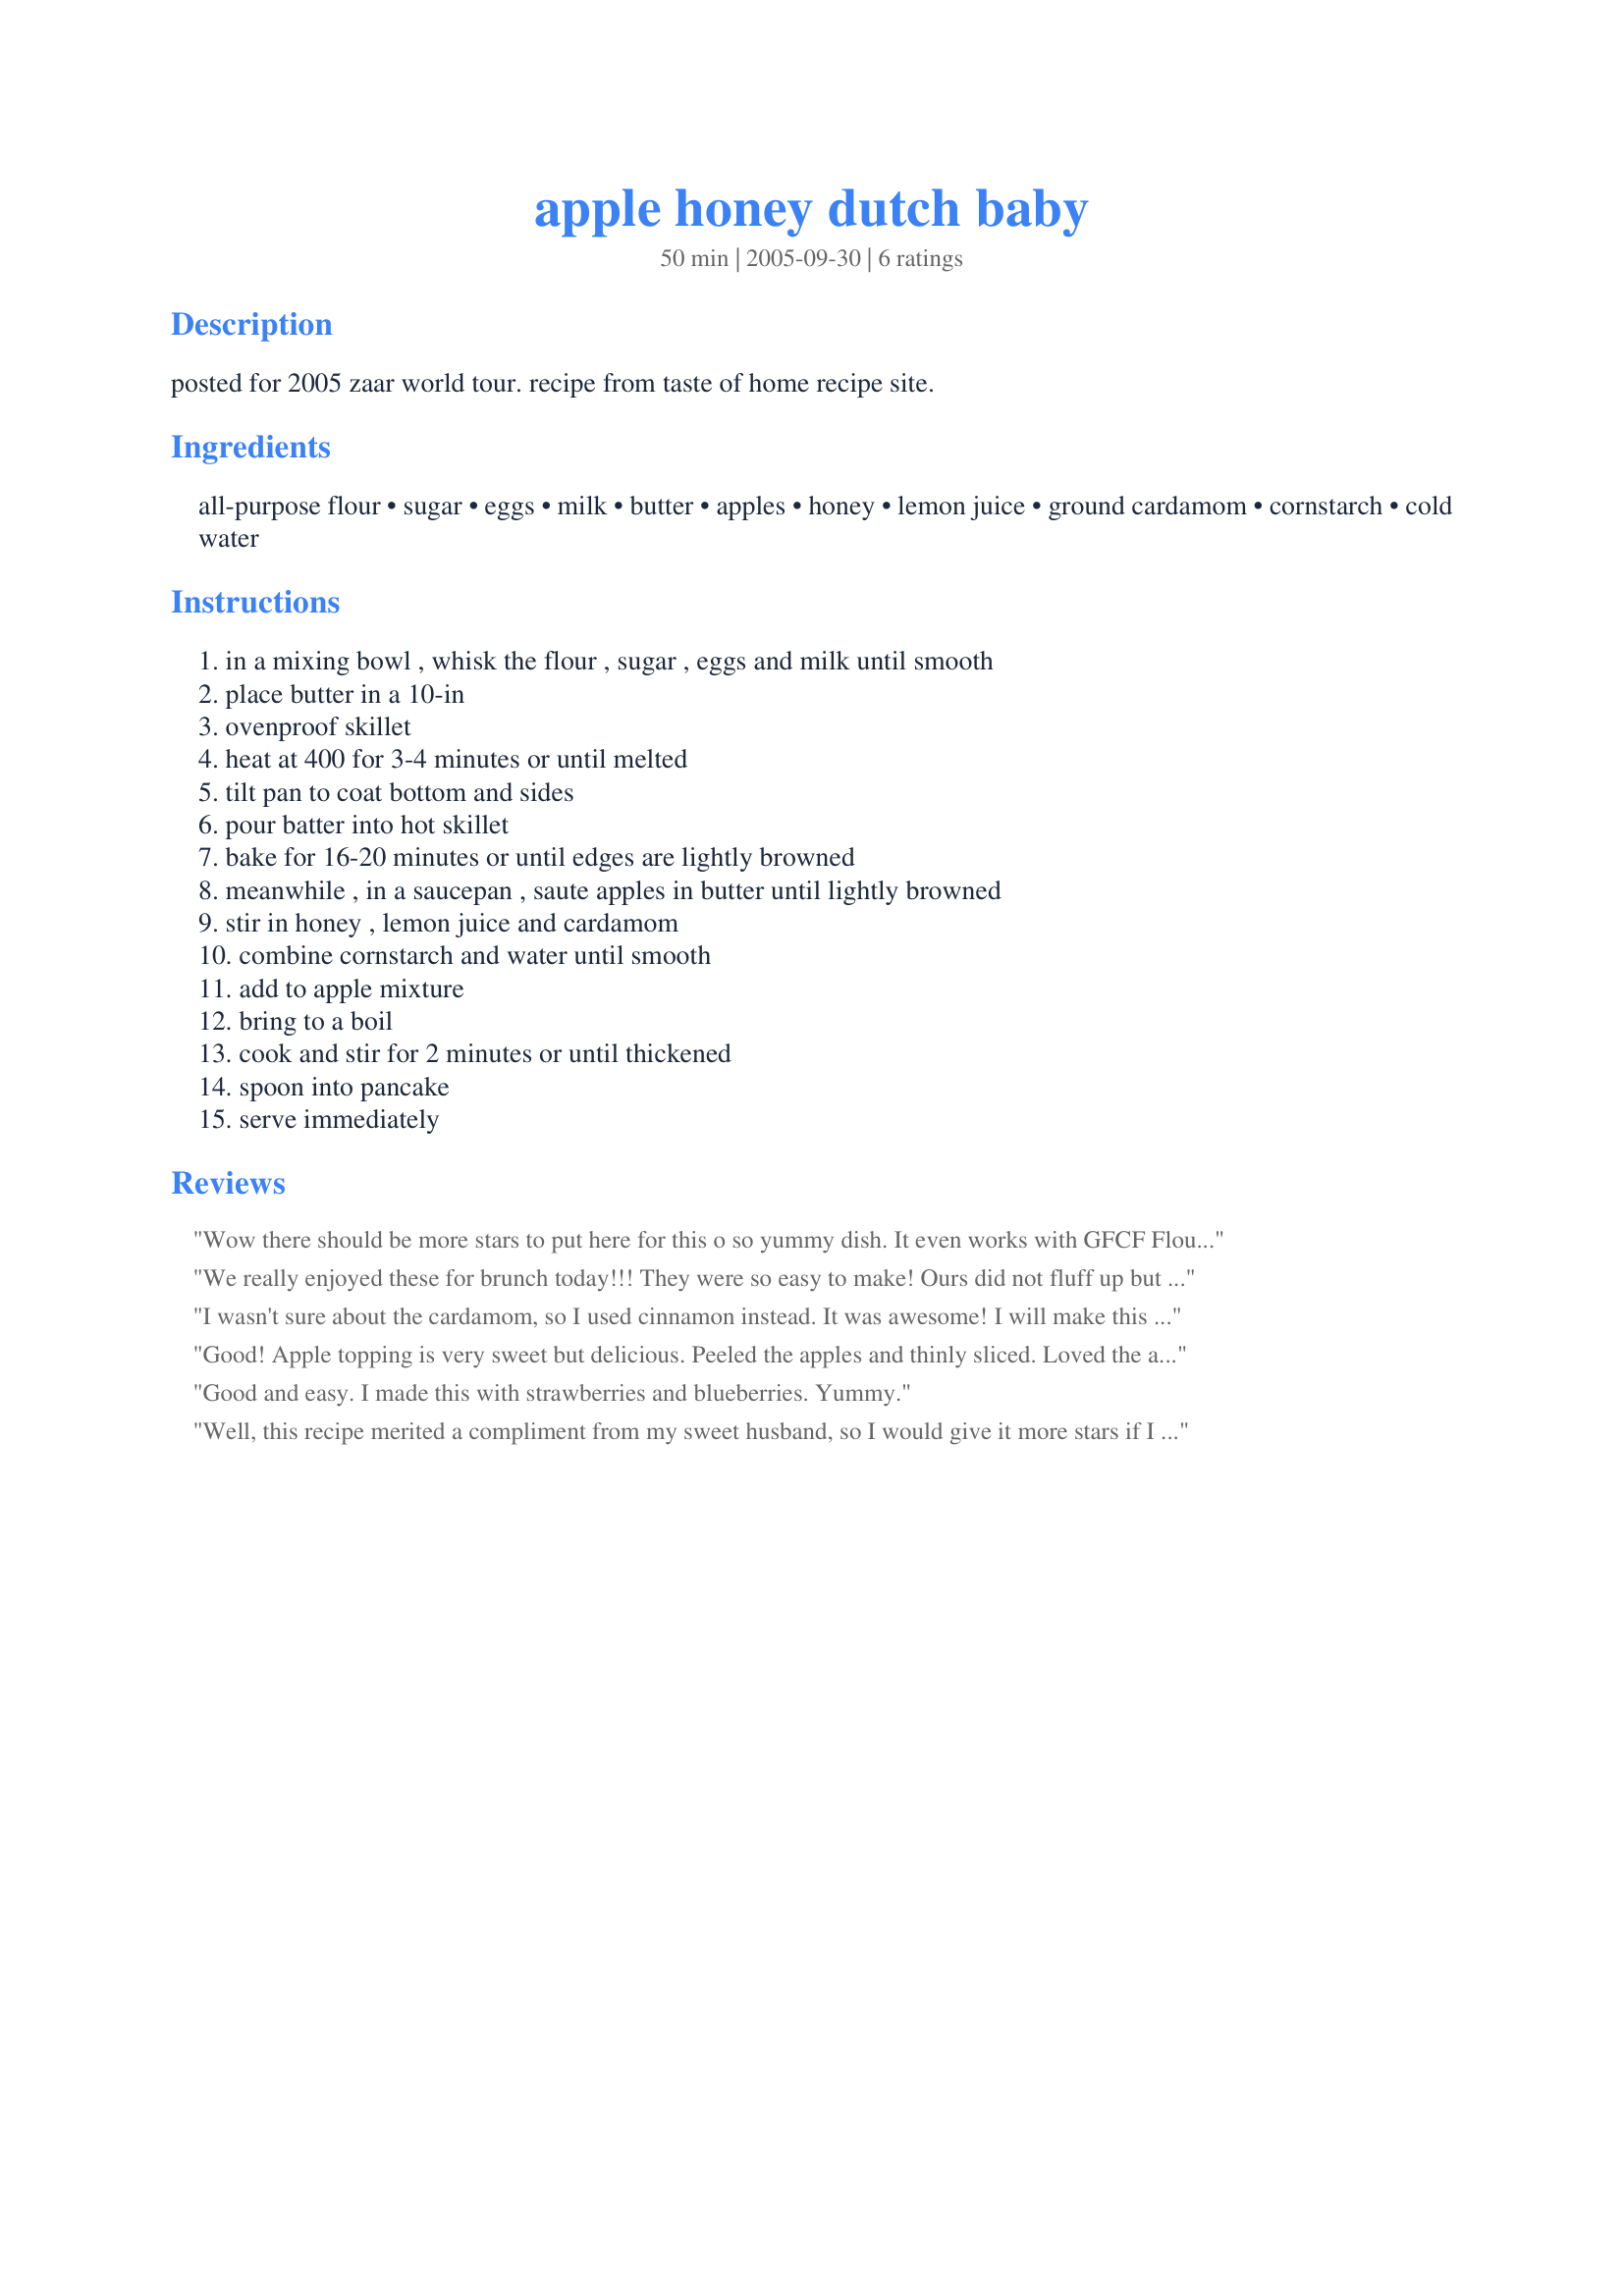
apple honey dutch baby
Preparation time: 50 minutes

posted for 2005 zaar world tour.
recipe from taste of home recipe site.

Ingredients:
all-purpose flour, sugar, eggs, milk, butter, apples, honey, lemon juice, ground cardamom, cornstarch, cold water

Steps:
in a mixing bowl , whisk the flour , sugar , eggs and milk until smooth, place butter in a 10-in, ovenproof skillet, heat at 400 for 3-4 minutes or until melted, tilt pan to coat bottom and sides, pour batter into hot skillet, bake for 16-20 minutes or until edges are lightly browned, meanwhile , in a saucepan , saute apples in butter until lightly browned, stir in honey , lemon juice and cardamom, combine cornstarch and water until smooth, add to apple mixture, bring to a boil, cook and stir for 2 minutes or until thickened, spoon into pancake, serve immediately

Reviews:
Wow there should be more stars to put here for this o so yummy dish. It even works with GFCF Flour. My kids gobble it down and my son usually wont eat any fruit but he ate those apples. I did change one thing, in place of the ground cardamom I used Cinnamon. I didn't have cardamom on hand as I was on vacation visiting relatives. This I supper yummy and the kids give it 20 stars!!! Never has there ever been any leftovers. Thanks a million for your recipe!!!
We really enjoyed these for brunch today!!! They were so easy to make! Ours did not fluff up but I think it was because our pan was not hot enough.... but they were still wonderful
I wasn't sure about the cardamom, so I used cinnamon instead. It was awesome! I will make this again!
Good! Apple topping is very sweet but delicious. Peeled the apples and thinly sliced. Loved the addition of cardamom. Mixed the batter in the blender which worked well. Had another Dutch baby in the oven so baked at 425 without a problem. Thanks for sharing the recipe!
Good and easy. I made this with strawberries and blueberries. Yummy.
Well, this recipe merited a compliment from my sweet husband, so I would give it more stars if I could! We had this for breakfast; it was fluffy, filling, and sweet. We all enjoyed. Thanks Katie!
